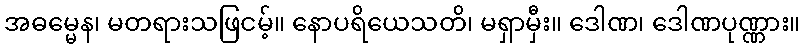
အဓမ္မေန၊ မတရားသဖြငမ့်။ နောပရိယေသတိ၊ မရှာမှီး။ ဒေါဏ၊ ဒေါဏပုဏ္ဏား။